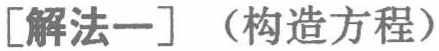
[解法一] （构造方程）